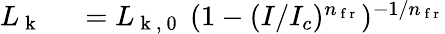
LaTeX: \begin{array}{rl}{L_{\mathrm{~k~}}}&{{}~=L_{\mathrm{~k~,~0~}}~(1-(I/I_{c})^{n_{\mathrm{~f~r~}}})^{-1/{n_{\mathrm{~f~r~}}}}}\end{array}